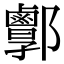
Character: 𨟣